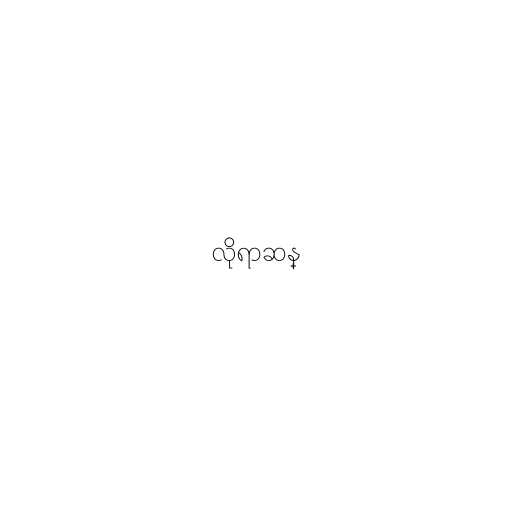
လိုရာဆန္